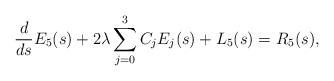
LaTeX: \begin{align*}\frac{d}{ds}E_5(s) + 2\lambda \sum_{j=0}^3 C_j E_j(s) + L_5(s) = R_5(s),\end{align*}